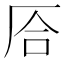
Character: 㕉